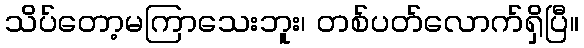
သိပ်တော့မကြာသေးဘူး၊ တစ်ပတ်လောက်ရှိပြီ။